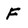
Character: F